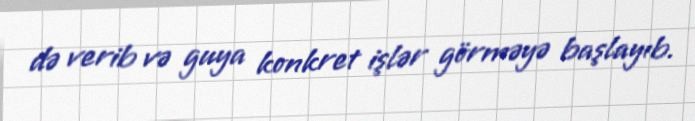
də verib və guya konkret işlər görməyə başlayıb.